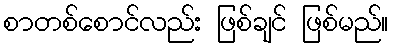
စာတစ်စောင်လည်း ဖြစ်ချင် ဖြစ်မည်။